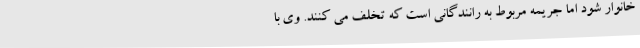
خانوار شود اما جریمه مربوط به رانندگانی است که تخلف می کنند. وی با